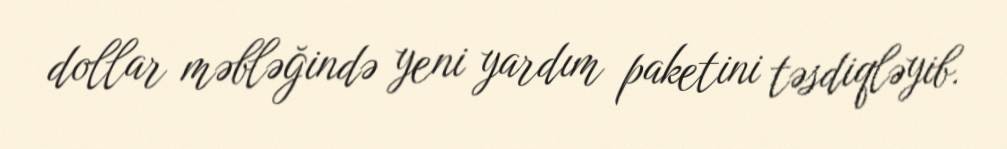
dollar məbləğində yeni yardım paketini təsdiqləyib.